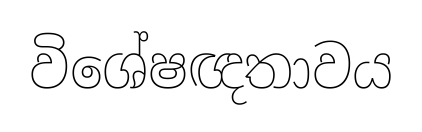
විශේෂඥතාවය